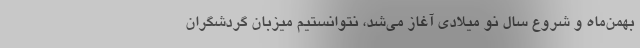
بهمن‌ماه و شروع سال نو میلادی آغاز می‌شد، نتوانستیم میزبان گردشگران